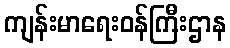
ကျန်းမာရေးဝန်ကြီးဌာန